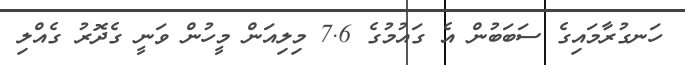
ހަނގުރާމައިގެ ސަބަބުން އެ ގައުމުގެ 7.6 މިލިއަން މީހުން ވަނީ ގެދޮރު ގެއްލި